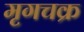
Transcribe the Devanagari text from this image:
मृगचक्र